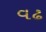
વઢ